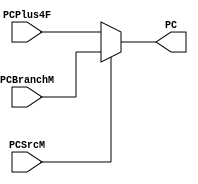
`timescale 100fs/100fs

module Choose4(
    PCPlus4F,
    PCBranchM,
    PCSrcM,
    PC
);

input PCSrcM;
input [31:0] PCPlus4F,PCBranchM;
output reg[31:0] PC;
initial begin
  PC = 0;
end
always @(*) begin
    if (PCSrcM == 1)
        PC = PCBranchM;
    else
        PC = PCPlus4F;
end

endmodule // Choose3